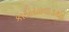
કાઠીયાવાડથી